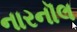
નારનૉલ